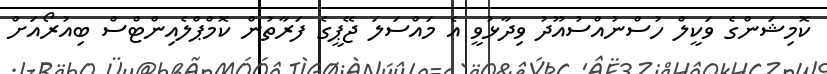
ކޮމިޝަންގެ ވަކީލް ހުސްނުއްސުއޫދު ވިދާޅުވީ އެ މައްސަލަ ޖޭޕީގެ ފަރާތުން ކޮމްޕްލެއިންޓްސް ބިއުރޯއަށް